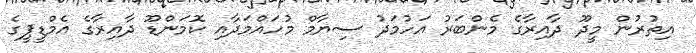
އިތުރުން މީދޫ ދާއިރާގެ މެންބަރު އަހުމަދު ސިޔާމް މުހައްމަދާއި ކޮމަންޑޫ ދާއިރާގެ އެމްޑީޕީގެ